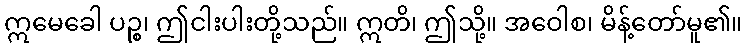
ဣမေခေါ ပဉ္စ၊ ဤငါးပါးတို့သည်။ ဣတိ၊ ဤသို့။ အဝေါစ၊ မိန့်တော်မူ၏။